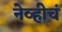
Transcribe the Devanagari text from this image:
नेव्हीचं